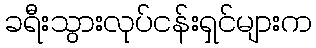
ခရီးသွားလုပ်ငန်းရှင်များက